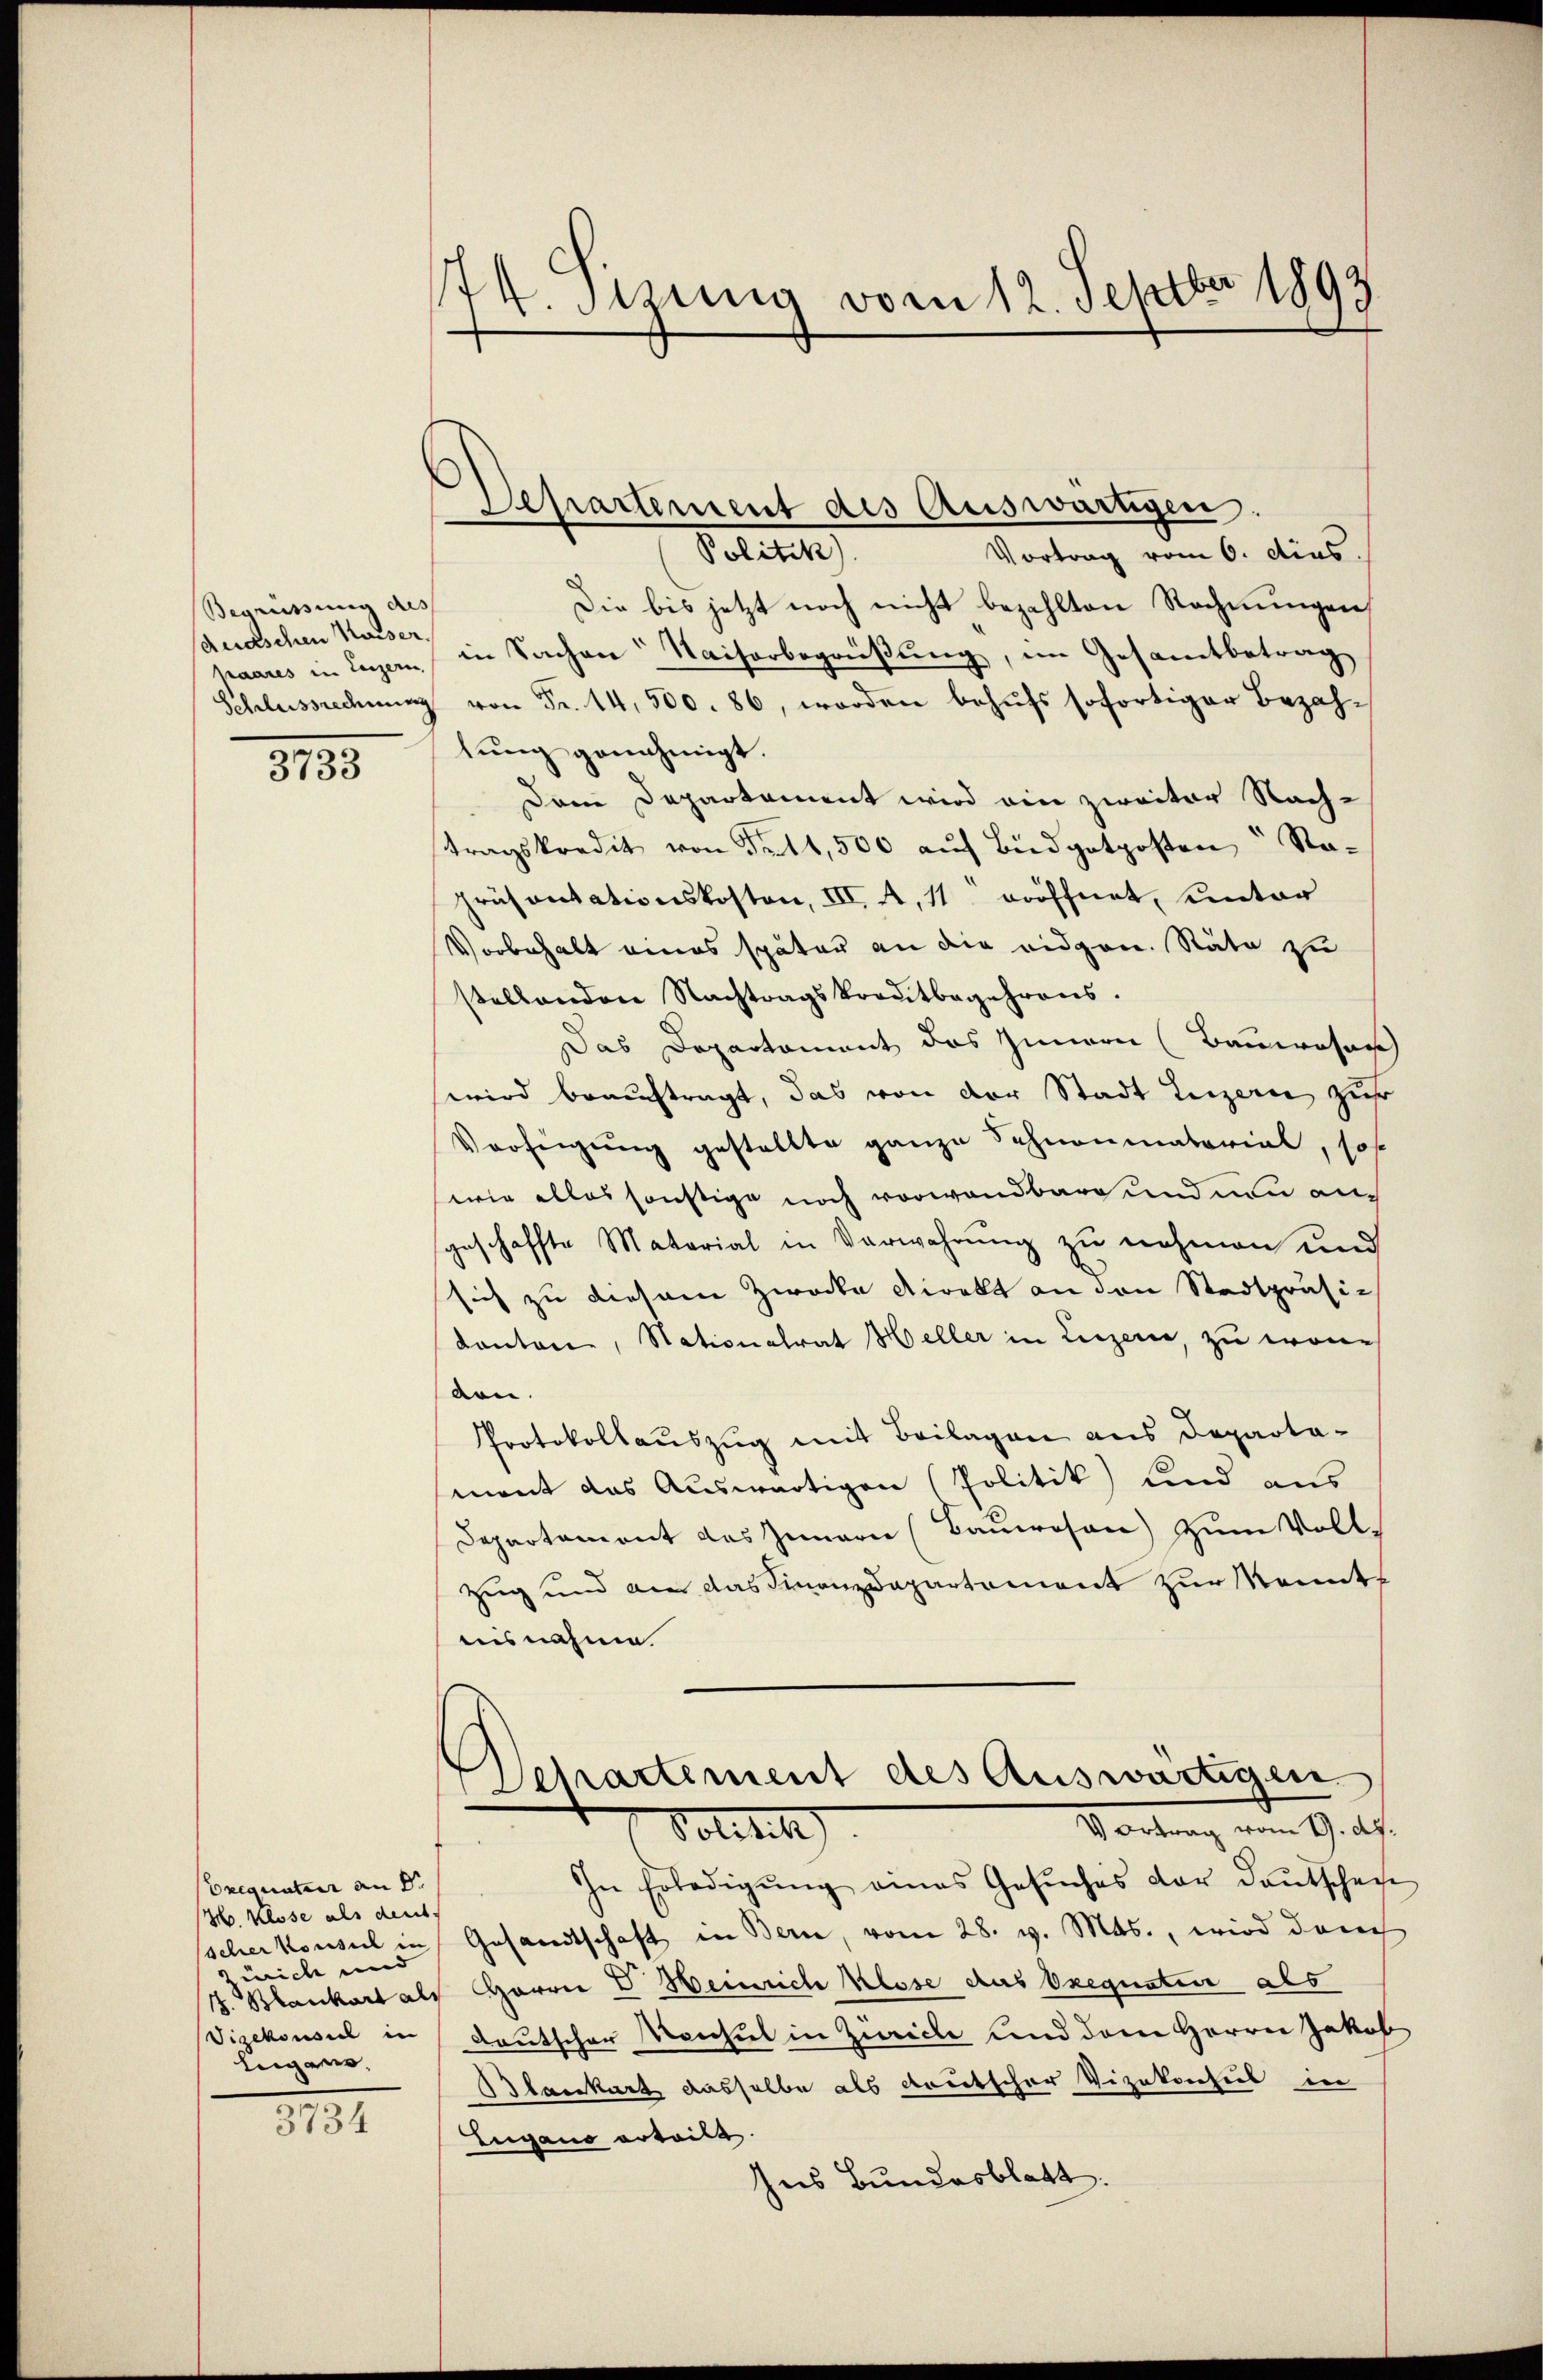
Begrüssung des
duraschen Kaiser.
paares in Luzern,
Schlussrechnung

3733

oxequatur an Dr.
H. klose als deut
scher konsul in
wiche und
Disekonsul in
Liegen,

8194

74. Sizung vom 12. Septbr 1893

Departement des Auswärtigen.

Politis
Vortrag vom 6. dies.
Die bis jetzt noch nicht bezahlten Rechnungen,
in Sachen Kaiserbegrüßung, im Gesamtbetrag
von Fr. 14, 500. 86, worden behufs sofortiger Bezahlung genehmigt.
Dem Departament wird ein zweiter Nachtragskredit von Fr. 11,500 aŭf Büdgetposten Ra¬
Präsentationskoston, III. A, 11 eröffnet, unter
Vorbehalt eines später an die eidgen. Räte zu
stellenden Nachtragskreditbegehrens.
Das Departement das Zimmen (Bauwosas
wird beauftragt, das von der Stadt Luzern zur
Verfeigung gestellte ganze Schnormatorial, sof
wie alles sonstige noch vorwandbare und nun auch
geschaffte Material in Verwahrŭng zu nehmen und
sich zu diesem Zwecke direkt an den Stadtpräsi¬
Kantone, Nationalrat Heller in Luzern, zu wenn
von.
Protokollauszug mit Beilagen aus Departa-
mont das Auswärtigen (Politik und aus
Departament des Innern (Bauwesen) zum Voll¬
Zug und den das Finanzdepartement zur Kennt
uisnahme
Departement des Auswärtigen.
Vortrag vom 9. d.
Politik
In Erledigŭng eines Gesŭches der deutschen
Gesandtschaft in Bern, vom 28. v. Mts., wird durch
. Blankart als Herrn V. Heinrich Klose das Exequateur als
deutscher Manchel in Zürich und dem Herrn Jakob
Blankart dasselbe als deutscher Vizekonsul in
Lugano erteilt.
Ins Bundesblatt.